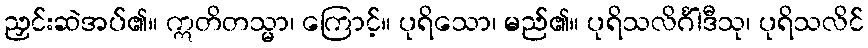
ညှင်းဆဲအပ်၏။ ဣတိတသ္မာ၊ ကြောင့်။ ပုရိသော၊ မည်၏။ ပုရိသလိင်္ဂါဒီသု၊ ပုရိသလိင်